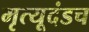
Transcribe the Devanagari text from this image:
मृत्यूदंडच